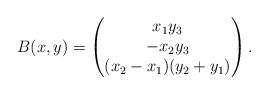
\begin{align*} B(x,y) = \begin{pmatrix}x_1 y_3 \\ -x_2 y_3 \\ (x_2 - x_1)(y_2 + y_1) \end{pmatrix}. \end{align*}